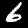
Label: 6